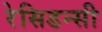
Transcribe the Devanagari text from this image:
रेसिडन्सी